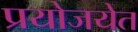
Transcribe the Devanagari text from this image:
प्रयोजयेत